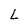
Character: L